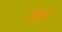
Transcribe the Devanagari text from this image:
तोंडर